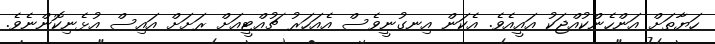
ހަޔާތަށް އަންހެންކުއްޖަކު އައީއެވެ. އެކަން އިނގުނީވެސް އެއަހަރު ޗުއްޓީއަށް ރަށަށް އައިސް އުޅެނިކޮންނެވެ.